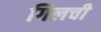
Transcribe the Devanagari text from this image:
गिलची